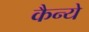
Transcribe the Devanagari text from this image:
कैन्ये